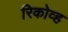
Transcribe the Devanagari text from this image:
रिकोव्ह